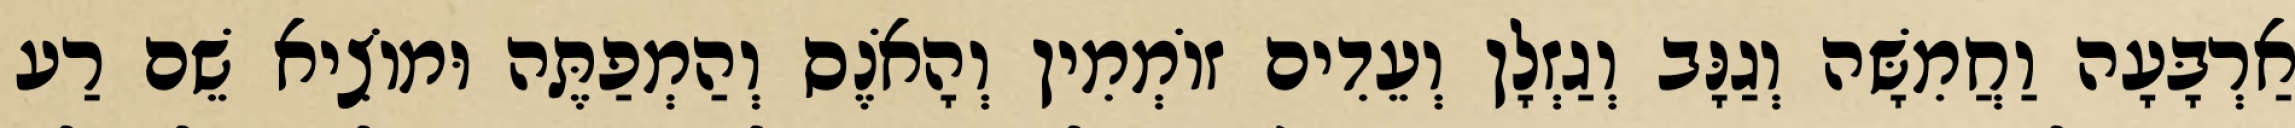
אַרְבָּעָה וַחֲמִשָּׁה וְגַנָּב וְגַזְלָן וְעֵדִים זוֹמְמִין וְהָאֹנֶס וְהַמְפַתֶּה וּמוֹצִיא שֵׁם רַע